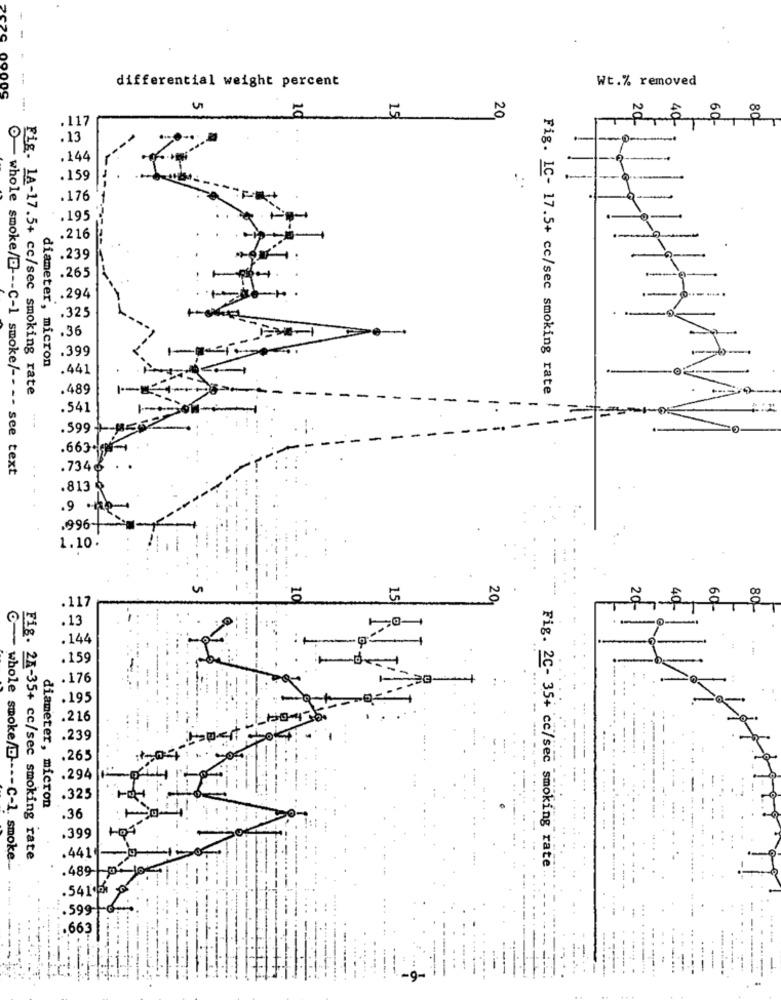
differential weight percent
Wt.% removed
PC20 0900S
20
10
15
.117
. 13
.144
.159
.176
.195
.216
.239
.265
.294
.325
.36
.399
diameter, micron
.441
.489
Fig. IC- 17.5+ cc/sec smoking rate
Fig. 1A-17.5+ cc/sec smoking rate
.541
.599
.663
.7346
O- whole smoke/D --- C-1 smoke/ -- -- see text
.813
9 -
.996-
1.10.
10
15
20
11
.13
.144
.159
.176
.195
.216
.239
.265
.294
.325
diameter, micron
.399
Fig. 2A-35+ cc/sec smoking rate
.441
Fig. 2C- 35+ cc/sec smoking rate
.489-
.5415 %
.599+
C- whole smoke/D ---- C-1. smoke. ............
.663